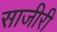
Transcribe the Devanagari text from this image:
साजीरी